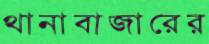
থানাবাজারের